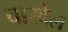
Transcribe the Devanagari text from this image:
चारवेल